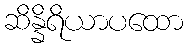
ဆိန္နိရိယာပထော